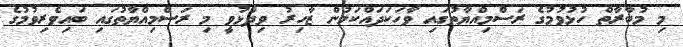
މި މުބާރާތް ހުޅުވުމުގެ ރަސްމިއްޔާތުގައި ވާހަކަދައްކަމުން ޒާހިރު ވިދާޅުވީ މި ރަސްމިއްޔާތުގައި ބައިވެރިވުމުގެ